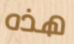
هذه